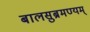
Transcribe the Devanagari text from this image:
बालसुब्रमण्यम्